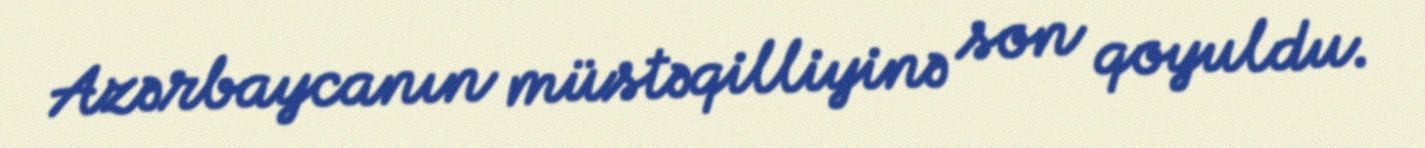
Azərbaycanın müstəqilliyinə son qoyuldu.